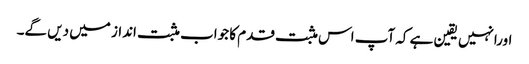
اورانہیں یقین ہے کہ آپ اس مثبت قدم کا جواب مثبت انداز میں دیں گے۔